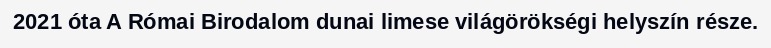
2021 óta A Római Birodalom dunai limese világörökségi helyszín része.